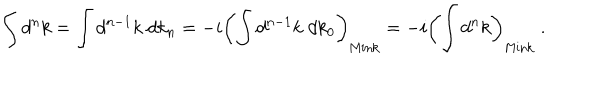
LaTeX: \int d ^ { n } k = \int d ^ { n - 1 } k \; d k _ { n } = - i \left( \int d ^ { n - 1 } k \; d k _ { 0 } \right) _ { \mathrm { M i n k } } = - i \left( \int d ^ { n } k \right) _ { \mathrm { M i n k } } \ .